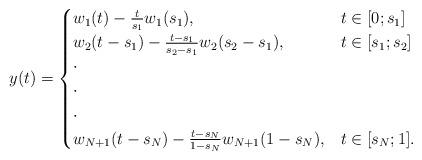
LaTeX: \begin{align*}y(t)=\begin{cases}w_1(t)-\frac{t}{s_1}w_1(s_1),&t\in[0;s_1]\\w_2(t-s_1)-\frac{t-s_1}{s_2-s_1}w_2(s_2-s_1),&t\in[s_1;s_2]\\\cdot\\\cdot\\\cdot\\w_{N+1}(t-s_N)-\frac{t-s_N}{1-s_N}w_{N+1}(1-s_N),&t\in[s_N;1].\end{cases}\end{align*}